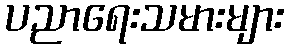
ပညာရေးသမားများ